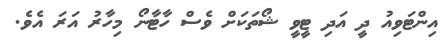
އިންޓަވިއު ދީ އަދި ޓީވީ ޝޯތަކަށް ވެސް ހާޓާނޯ މިހާރު އަރަ އެވެ.